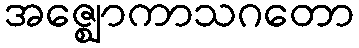
အဇ္ဈောကာသဂတော